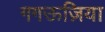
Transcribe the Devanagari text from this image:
गगऊज़िया